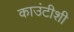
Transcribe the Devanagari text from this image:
काउंटीशी